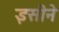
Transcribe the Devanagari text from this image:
इसीने